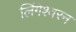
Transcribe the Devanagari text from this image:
लिंगेश्वरन